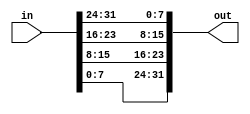
/**
 * Build a circuit that will reverse the byte ordering of the 4-byte word.
 * 
 * AaaaaaaaBbbbbbbbCcccccccDddddddd => DdddddddCcccccccBbbbbbbbAaaaaaaa
 */

module top_module( 
    input [31:0] in,
    output [31:0] out );//

    // assign out[31:24] = ...;
    assign out[31:24] = in[7:0];
    assign out[23:16] = in[15:8];
    assign out[15:8] = in[23:16];
    assign out[7:0] = in[31:24];

endmodule